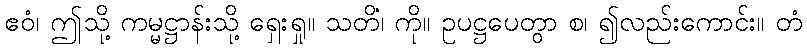
ဧဝံ၊ ဤသို့ ကမ္မဋ္ဌာန်းသို့ ရှေးရှု။ သတိံ၊ ကို။ ဥပဋ္ဌပေတွာ စ၊ ၍လည်းကောင်း။ တံ